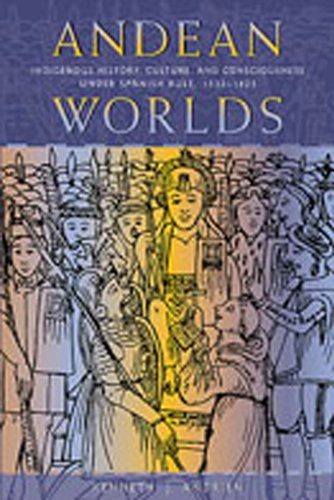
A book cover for Andean Worlds: Indigenous History, Culture, and Consciousness under Spanish Rule, 1532-1825 (DiÃ¡logos Series); Kenneth J. Andrien; History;